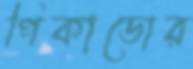
পিকাডোর